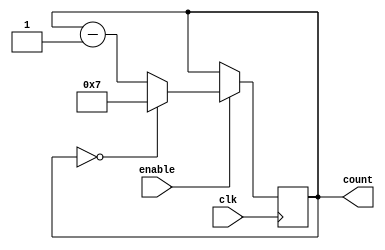
module ModNDownCounter
(
    input wire clk,      // Clock signal
    input wire enable,   // Enable signal
    output reg [N-1:0] count // Output count signal
);

parameter N = 8; // Preset value for the counter

// Timing control block
always @(posedge clk)
begin
    if(enable)
    begin
        if(count == 0)
            count <= N-1;
        else
            count <= count - 1;
    end
end

endmodule